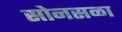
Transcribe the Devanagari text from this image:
सोनसळा